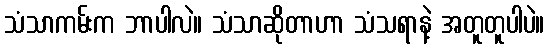
သံသာကမ်းက ဘာပါလဲ။ သံသာဆိုတာဟာ သံသရာနဲ့ အတူတူပါပဲ။